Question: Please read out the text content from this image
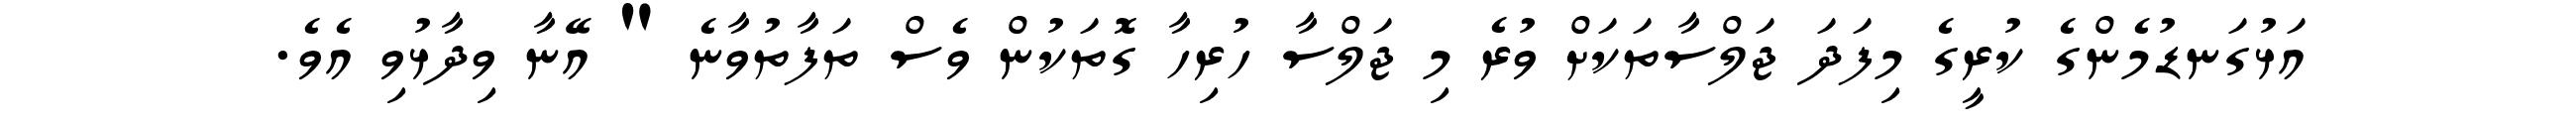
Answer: އަޅުގަނޑުމެންގެ ކުރީގެ މިފަދަ ޖަލްސާތަކަށް ވުރެ މި ޖަލްސާ ހުރިހާ ގޮތަކުން ވެސް ތަފާތުވާނެ " އޭނާ ވިދާޅުވި އެވެ.